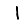
Digit: 1